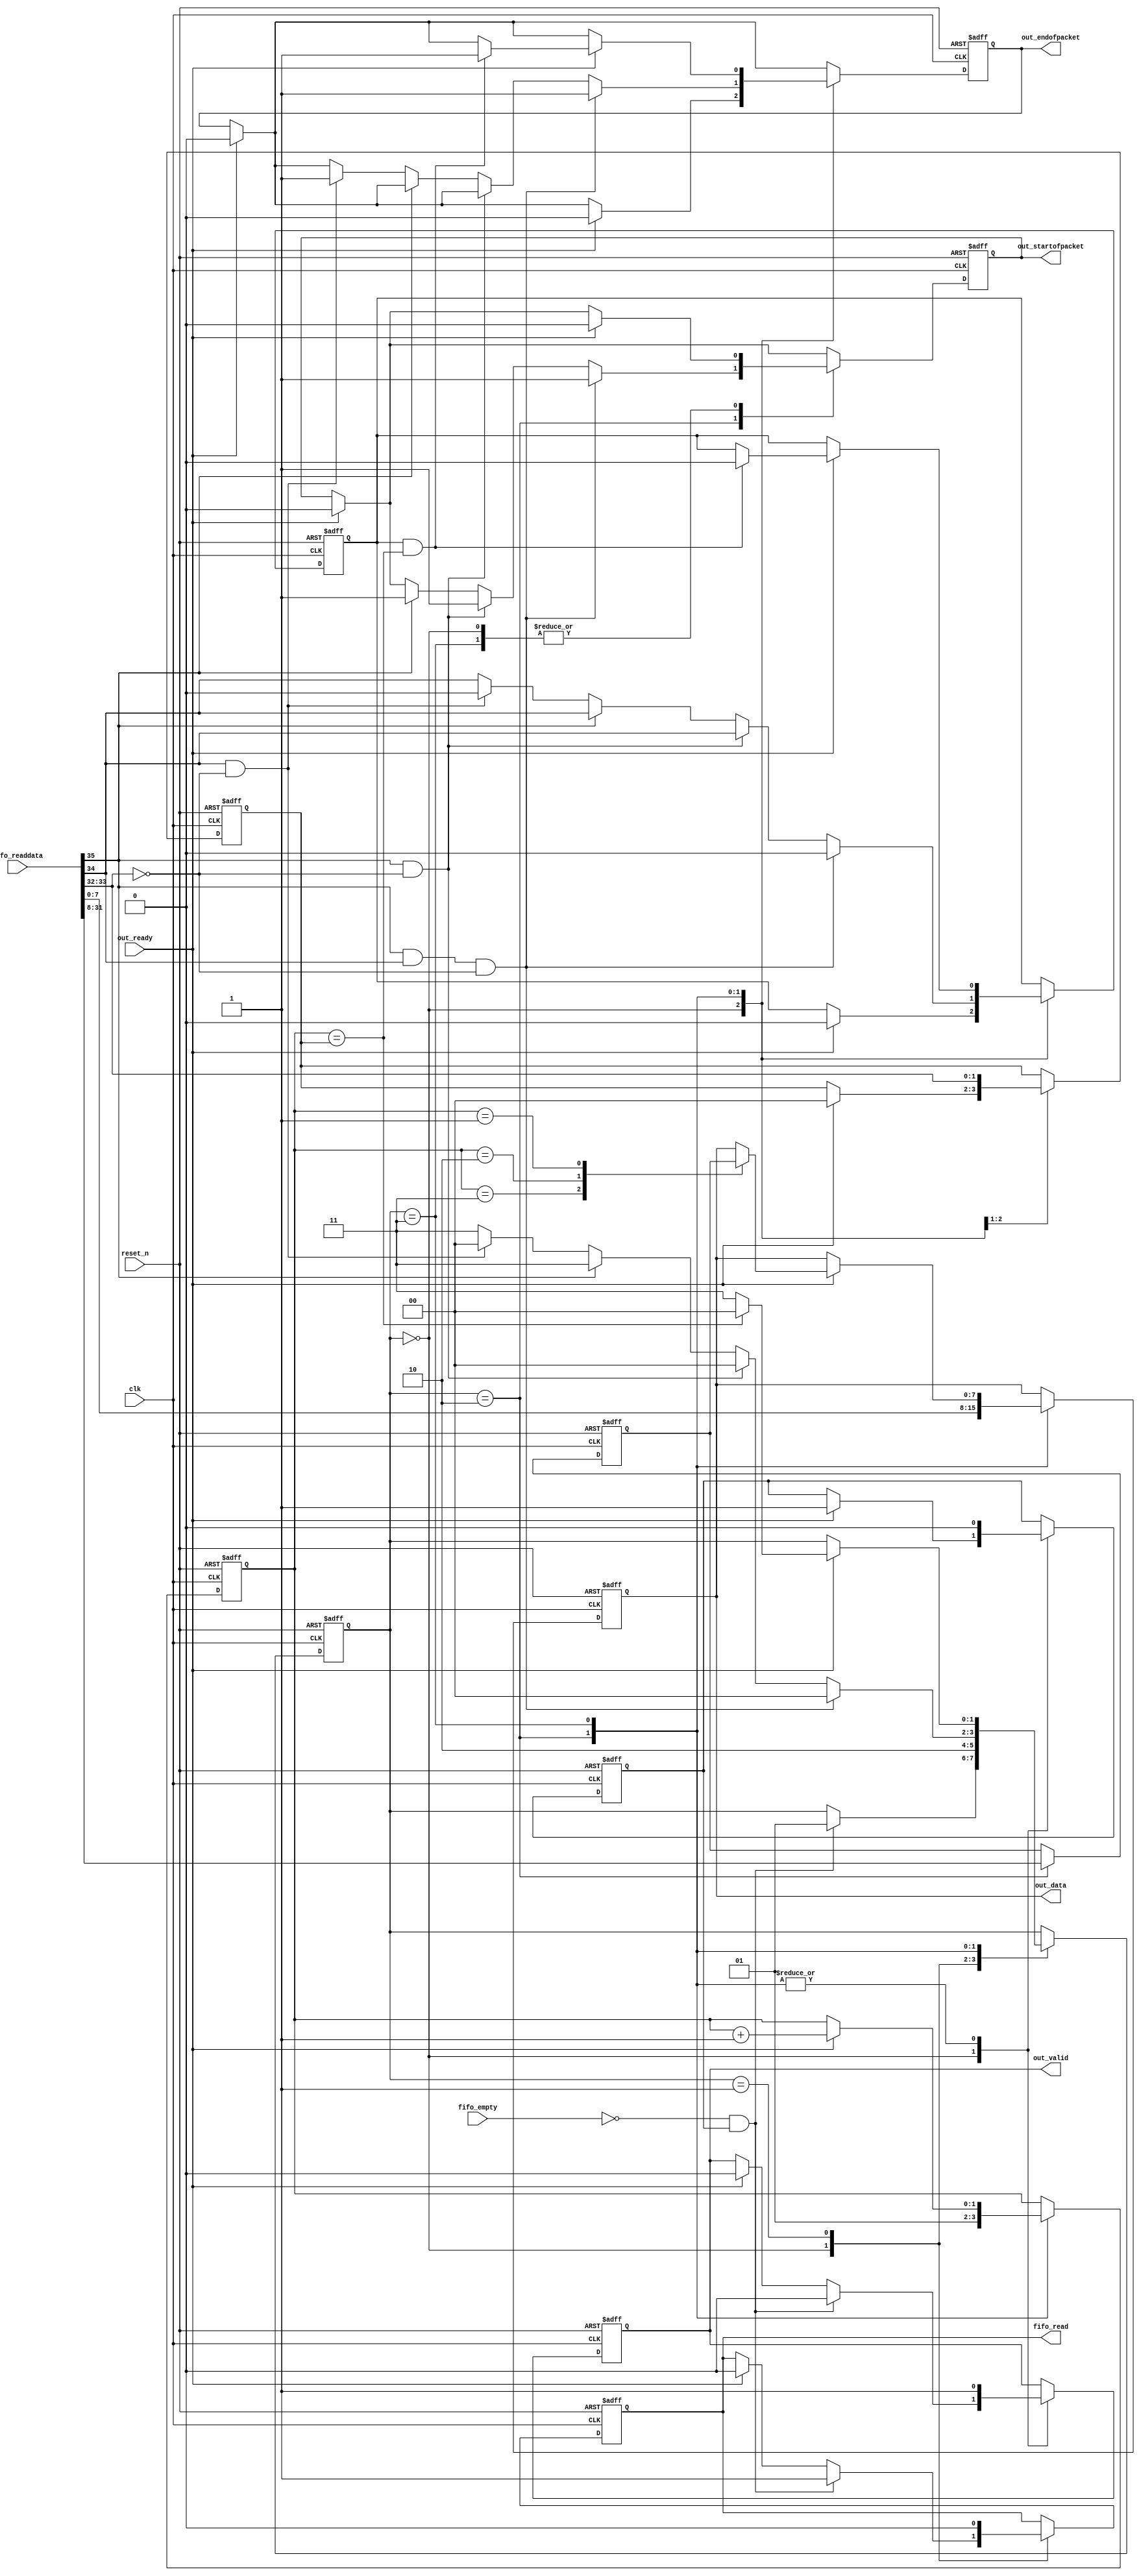
module fifo_to_packet (
      input              clk,
      input              reset_n,
      input              out_ready,
      output reg         out_valid,
      output reg [ 7: 0] out_data,
      output reg         out_startofpacket,
      output reg         out_endofpacket,
      input  [ 35: 0]    fifo_readdata,
      output reg         fifo_read,
      input              fifo_empty 
);
reg [ 1: 0]     state;
reg             enable, sent_all;
reg [ 1: 0]     current_byte, byte_end;
reg             first_trans, last_trans;
reg [ 23:0]     fifo_data_buffer;
localparam    POP_FIFO        = 2'b00,
              POP_FIFO_WAIT   = 2'b01,
              FIFO_DATA_WAIT  = 2'b10,
              READ_SEND_ISSUE = 2'b11;
always @* begin
      enable = (!fifo_empty & sent_all);
end
always @(posedge clk or negedge reset_n) begin
          if (!reset_n) begin
                fifo_data_buffer  <=  'b0;
                out_startofpacket <= 1'b0;
                out_endofpacket   <= 1'b0;
                out_valid         <= 1'b0;
                out_data          <=  'b0;
                state             <=  'b0;
                fifo_read         <= 1'b0;
                current_byte      <=  'b0;
                byte_end          <=  'b0;
                first_trans       <= 1'b0;
                last_trans        <= 1'b0;
                sent_all          <= 1'b1;
          end else begin
                if (out_ready) begin
                  out_startofpacket <= 1'b0;
                  out_endofpacket   <= 1'b0;
                end
                case (state)
                  POP_FIFO : begin
                            if (out_ready) begin
                                out_startofpacket   <= 1'b0;
                                out_endofpacket     <= 1'b0;
                                out_valid           <= 1'b0;
                                first_trans         <= 1'b0;
                                last_trans          <= 1'b0;
                                byte_end            <=  'b0;
                                fifo_read           <= 1'b0;
                                sent_all            <= 1'b1;
                            end
                            if (enable) begin   
                                fifo_read       <= 1'b1;
                                out_valid       <= 1'b0;
                                state           <= POP_FIFO_WAIT;
                            end
                  end
                  POP_FIFO_WAIT : begin
                                fifo_read               <= 1'b0;
                                state                   <= FIFO_DATA_WAIT;
                  end
                  FIFO_DATA_WAIT : begin
                                sent_all                <= 1'b0;
                                first_trans             <= fifo_readdata[35];
                                last_trans              <= fifo_readdata[34];
                                out_data                <= fifo_readdata[7:0];
                                fifo_data_buffer        <= fifo_readdata[31:8];
                                byte_end                <= fifo_readdata[33:32];
                                current_byte            <= 1'b1;
                                out_valid               <= 1'b1;
                                if (fifo_readdata[35] & fifo_readdata[34] & (fifo_readdata[33:32] == 0)) begin
                                    first_trans         <= 1'b0;
                                    last_trans          <= 1'b0;
                                    out_startofpacket   <= 1'b1;
                                    out_endofpacket     <= 1'b1;
                                    state <= POP_FIFO;
                                end else if (fifo_readdata[35] & (fifo_readdata[33:32] == 0)) begin
                                    first_trans         <= 1'b0;
                                    out_startofpacket   <= 1'b1;
                                    state               <= POP_FIFO;
                                end else if (fifo_readdata[35]) begin
                                   first_trans          <= 1'b0;
                                   out_startofpacket    <= 1'b1;
                                   state <= READ_SEND_ISSUE;
                                end else if (fifo_readdata[34] & (fifo_readdata[33:32] == 0)) begin
                                    last_trans          <= 1'b0;
                                    out_endofpacket     <= 1'b1;
                                    state               <= POP_FIFO;
                                end else begin
                                    state               <= READ_SEND_ISSUE;
                                end
                  end
                  READ_SEND_ISSUE : begin
                            out_valid         <= 1'b1;
                            sent_all          <= 1'b0;
                            if (out_ready) begin
                                out_startofpacket <= 1'b0;
                                if (last_trans & (current_byte == byte_end)) begin
                                        last_trans      <= 1'b0;
                                        out_endofpacket <= 1'b1;
                                        state           <= POP_FIFO;
                                end
                                case (current_byte)
                                       3: begin
                                          out_data <= fifo_data_buffer[23:16];
                                       end
                                       2: begin
                                          out_data <= fifo_data_buffer[15:8];
                                       end
                                       1: begin
                                          out_data <= fifo_data_buffer[7:0];
                                       end
                                       default: begin
                                       end
                                endcase
                                current_byte <= current_byte + 1'b1;
                                if (current_byte == byte_end) begin
                                    state <= POP_FIFO;
                                end else begin
                                    state <= READ_SEND_ISSUE;
                                end
                            end
                  end
                endcase
          end
    end
endmodule